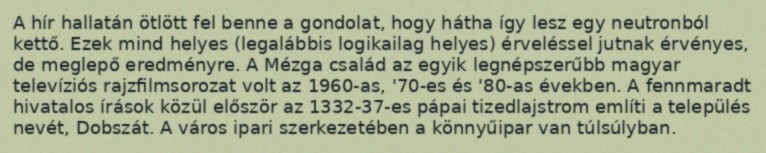
A hír hallatán ötlött fel benne a gondolat, hogy hátha így lesz egy neutronból kettő. Ezek mind helyes (legalábbis logikailag helyes) érveléssel jutnak érvényes, de meglepő eredményre. A Mézga család az egyik legnépszerűbb magyar televíziós rajzfilmsorozat volt az 1960-as, '70-es és '80-as években. A fennmaradt hivatalos írások közül először az 1332-37-es pápai tizedlajstrom említi a település nevét, Dobszát. A város ipari szerkezetében a könnyűipar van túlsúlyban.